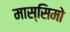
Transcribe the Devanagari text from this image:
मास्‍सिमो